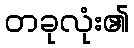
တခုလုံး၏